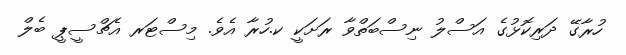
ހުރާގޭ ދަރިކޮޅުގެ އަސްލު ނިސްބަތްވާ ރަށަކީ ކ.ހުރާ އެވެ. މިސްޓަރ އެޗްސީޕީ ބެލް